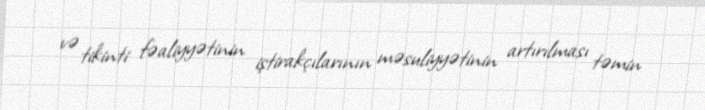
və tikinti fəaliyyətinin iştirakçılarının məsuliyyətinin artırılması təmin